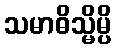
သမာဓိသ္မိမ္ပိ